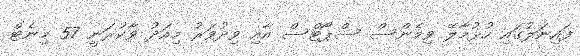
ފައިނަލުގައި ހުޅުމާލޭ ވިމެންސް ސްޕޯޓްސް އާއި ވިދުވަރު މިއަދު ވާކުރަނީ 57 މިނެޓް